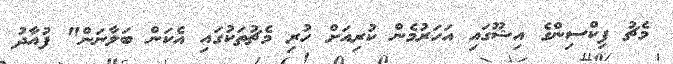
މެޗު ފިކްސިންގެ އިޝޫގައި އަހަރުމެން ކުރިއަށް ހުރި މެޗުތަކުގައި އެކަން ބަލާނަން" ފުއާދު